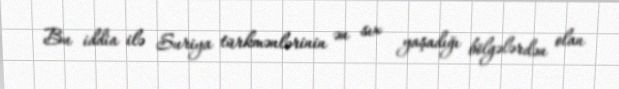
Bu iddia ilə Suriya türkmənlərinin ən sıx yaşadığı bölgələrdən olan